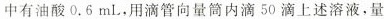
中有油酸0.6mL，用滴管向量筒内滴50 滴上述溶液，量